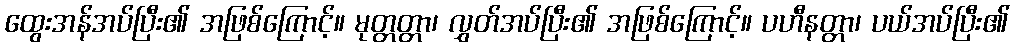
ထွေးအန်အပ်ပြီး၏ အဖြစ်ကြောင့်။ မုတ္တတ္တာ၊ လွှတ်အပ်ပြီး၏ အဖြစ်ကြောင့်။ ပဟီနတ္တာ၊ ပယ်အပ်ပြီး၏